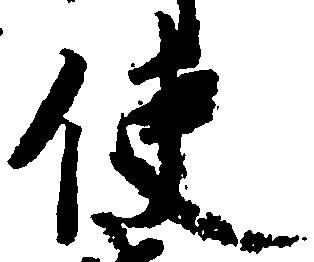
使